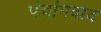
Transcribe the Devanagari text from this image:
पंचांगवाद